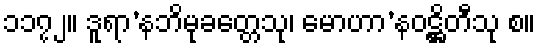
၁၁၇၂။ ဒူရာ’နဘိမုခတ္တေသု၊ မောဟာ’နဝဋ္ဌိတီသု စ။